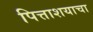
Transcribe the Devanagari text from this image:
पित्ताशयाचा